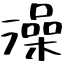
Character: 澡